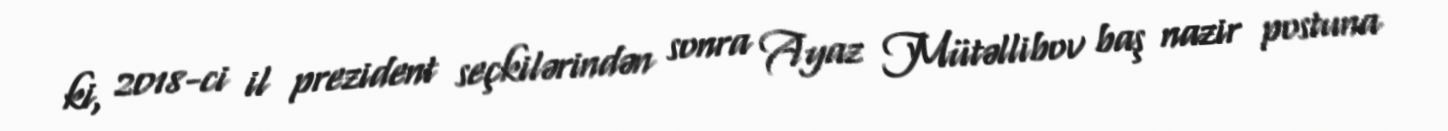
ki, 2018-ci il prezident seçkilərindən sonra Ayaz Mütəllibov baş nazir postuna